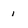
Character: 1